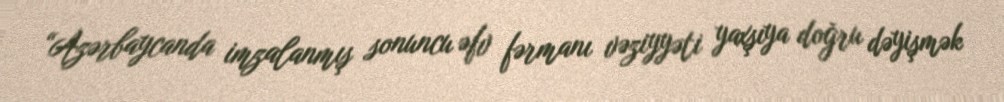
“Azərbaycanda imzalanmış sonuncu əfv fərmanı vəziyyəti yaxşıya doğru dəyişmək